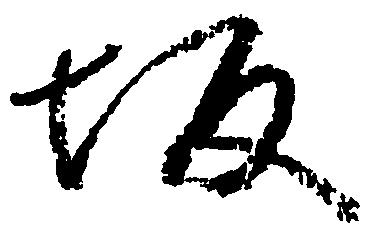
坂